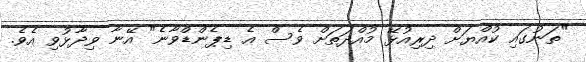
"ތަނުގައި ކުއްޔަށް ދިރިއުޅޭ މުއްދަތަށް ވެސް އެ ޑިޕެންޑްވާނެ" އޭނާ ވިދާޅުވި އެވެ.